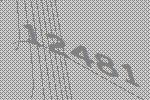
12481